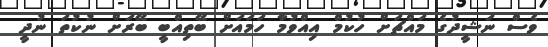
ވެސް ނަޝީދުގެ މައްޗަށް ހުކުމް އިއްވުމާ ހަމައަށް ބޭތިއްބީ ބޭރަށް ނުކުތަ ނުދީ